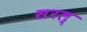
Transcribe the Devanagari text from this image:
सरल्